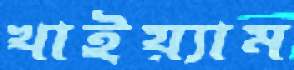
খাইয়্যাম